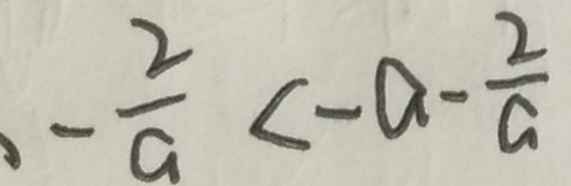
- \frac { 2 } { a } < - a - \frac { 2 } { a }